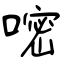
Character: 嘧